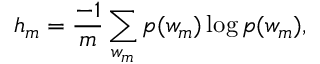
h _ { m } = \frac { - 1 } { m } \sum _ { w _ { m } } p ( w _ { m } ) \log p ( w _ { m } ) ,